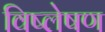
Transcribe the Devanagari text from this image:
विष्‍लेषण